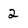
Character: 2